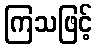
ကြသဖြင့်